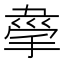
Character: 𢮟